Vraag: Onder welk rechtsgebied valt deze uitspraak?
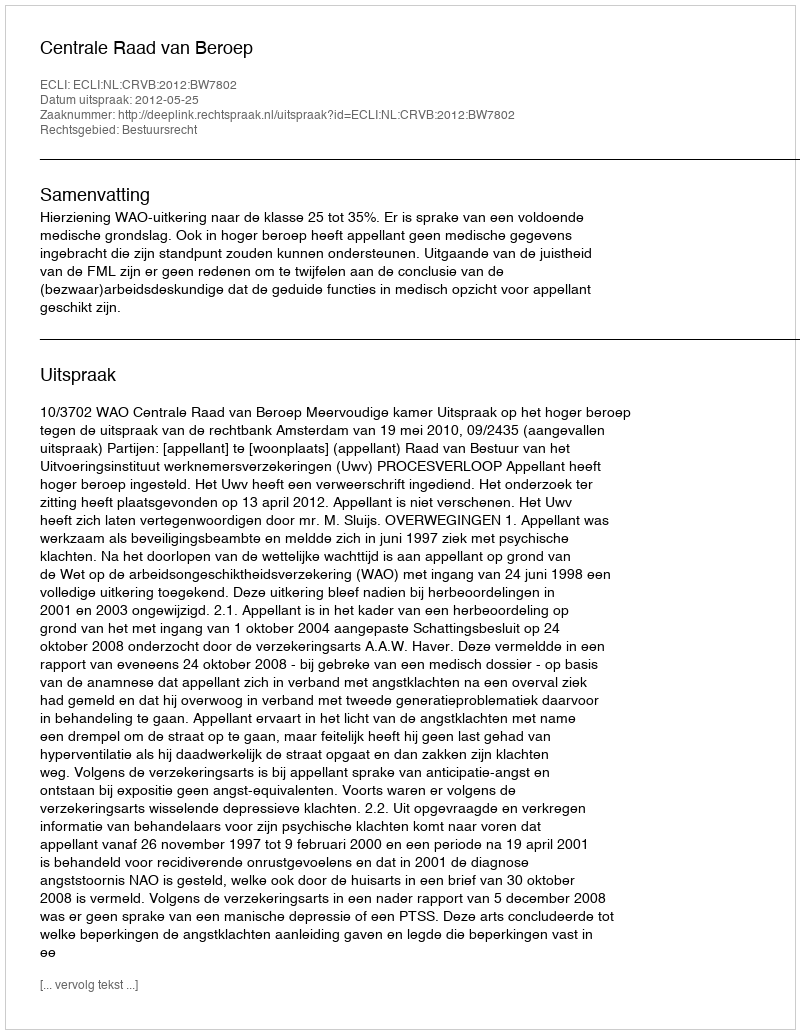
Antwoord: Bestuursrecht